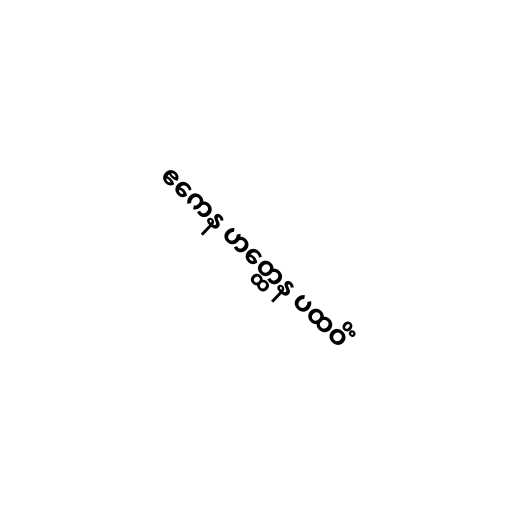
ဧကေန ဟတ္ထေန ပထဝိံ